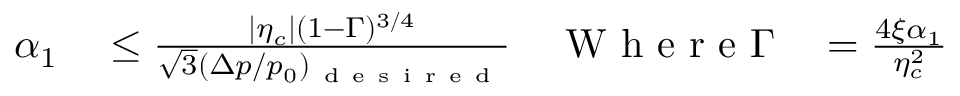
\begin{array} { r l r l } { \alpha _ { 1 } } & { { } \leq \frac { | \eta _ { c } | ( 1 - \Gamma ) ^ { 3 ⁄ 4 } } { \sqrt { 3 } ( \Delta p / p _ { 0 } ) _ { \mathrm { ~ d ~ e ~ s ~ i ~ r ~ e ~ d ~ } } } } & { \mathrm { ~ W ~ h ~ e ~ r ~ e ~ } \Gamma } & { { } = \frac { 4 \xi \alpha _ { 1 } } { \eta _ { c } ^ { 2 } } } \end{array}